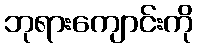
ဘုရားကျောင်းကို